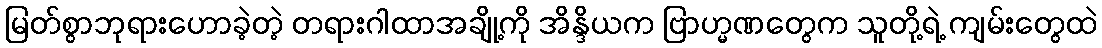
မြတ်စွာဘုရားဟောခဲ့တဲ့ တရားဂါထာအချို့ကို အိန္ဒိယက ဗြာဟ္မဏတွေက သူတို့ရဲ့ ကျမ်းတွေထဲ